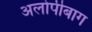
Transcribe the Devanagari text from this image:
अलोपीबाग